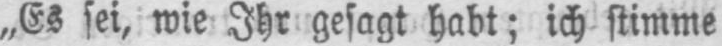
„Es sei, wie Ihr gesagt habt; ich stimme